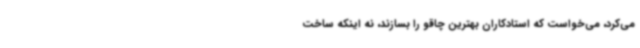
می‌کرد، می‌خواست که استادکاران بهترین چاقو را بسازند، نه اینکه ساخت